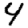
Digit: 4